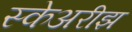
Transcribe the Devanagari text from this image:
स्केअरीझ